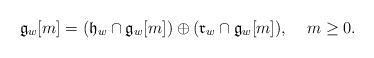
\begin{align*} \mathfrak{g}_w[m] = (\mathfrak{h}_w \cap \mathfrak{g}_w [m] )\oplus ( \mathfrak{r}_w \cap \mathfrak{g}_w[m]),\;\;\;\; m\geq0.\end{align*}